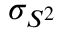
\sigma _ { S ^ { 2 } }